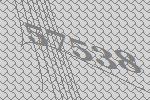
57538